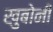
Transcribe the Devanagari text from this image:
खुबोनी